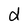
Character: d